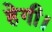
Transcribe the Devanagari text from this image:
हेगी।